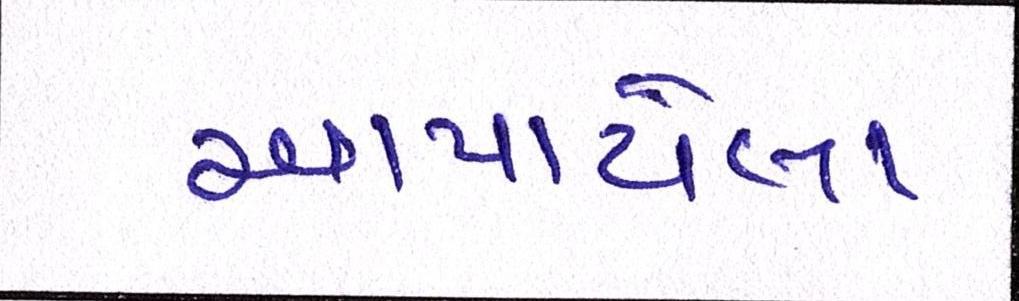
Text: અપાયેલા